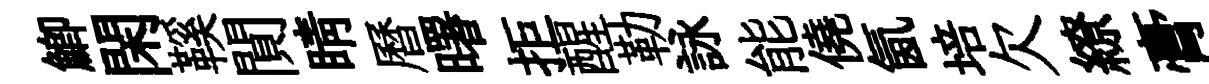
鯽閑鞵閴睛曆曙拒醒勒詠能僥氤培欠繚膏